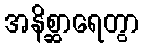
အနိစ္ဆာရေတွာ